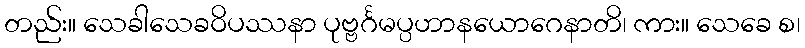
တည်း။ သေခါသေခဝိပဿနာ ပုဗ္ဗင်္ဂမပ္ပဟာနယောဂေနာတိ၊ ကား။ သေခေ စ၊